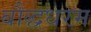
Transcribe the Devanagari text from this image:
बौद्धधरम